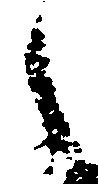
之